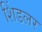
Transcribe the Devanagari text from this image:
शिंडलर